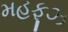
મહફૂઝ